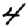
Digit: 4